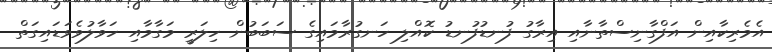
އެމެރިކާއިން އަފްގާނިސްތާނާއި އިރާގު ފުނޑުފުނޑު ކޮއްލި ހަނގުރާމައިގެ ސަބަބުން ހިލަރީ މަގާމާއި ހަވާލުވެވަޑައިގަތް